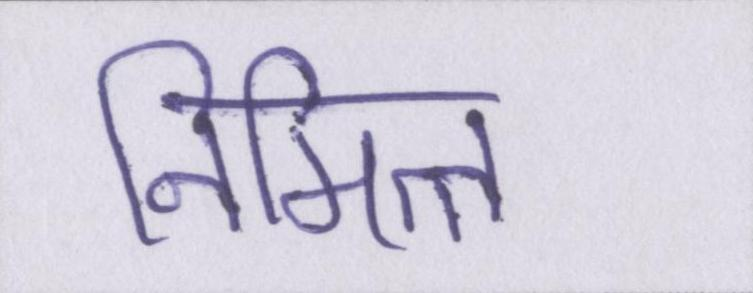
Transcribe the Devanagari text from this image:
निमित्त